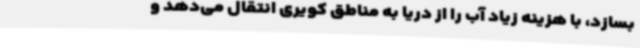
بسازد، با هزینه زیاد آب را از دریا به مناطق کویری انتقال می‌دهد و